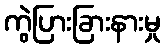
ကွဲပြားခြားနားမှု